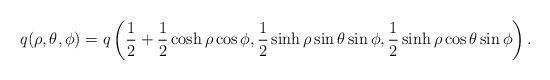
LaTeX: \begin{align*}q(\rho,\theta,\phi)=q\left( \frac{1}{2}+\frac{1}{2}\cosh\rho \cos\phi,\frac{1}{2}\sinh\rho\sin\theta\sin\phi,\frac{1}{2}\sinh\rho \cos\theta \sin\phi\right).\end{align*}